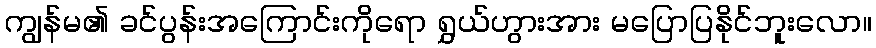
ကျွန်မ၏ ခင်ပွန်းအကြောင်းကိုရော ရွှယ်ဟွားအား မပြောပြနိုင်ဘူးလော။